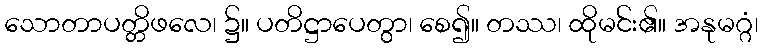
သောတာပတ္တိဖလေ၊ ၌။ ပတိဋ္ဌာပေတွာ၊ စေ၍။ တဿ၊ ထိုမင်း၏။ အနုမဂ္ဂံ၊